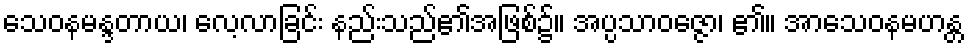
သေဝနမန္ဒတာယ၊ လေ့လာခြင်း နည်းသည်၏အဖြစ်၌။ အပ္ပသာဝဇ္ဇော၊ ၏။ အာသေဝနမဟန္တ